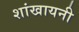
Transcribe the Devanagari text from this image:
शांखायनी